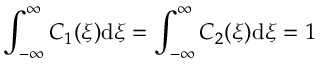
\int _ { - \infty } ^ { \infty } C _ { 1 } ( \xi ) \mathrm { d } \xi = \int _ { - \infty } ^ { \infty } C _ { 2 } ( \xi ) \mathrm { d } \xi = 1